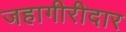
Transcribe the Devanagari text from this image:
जहागीरीदार